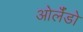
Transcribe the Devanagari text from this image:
ओर्लँडो